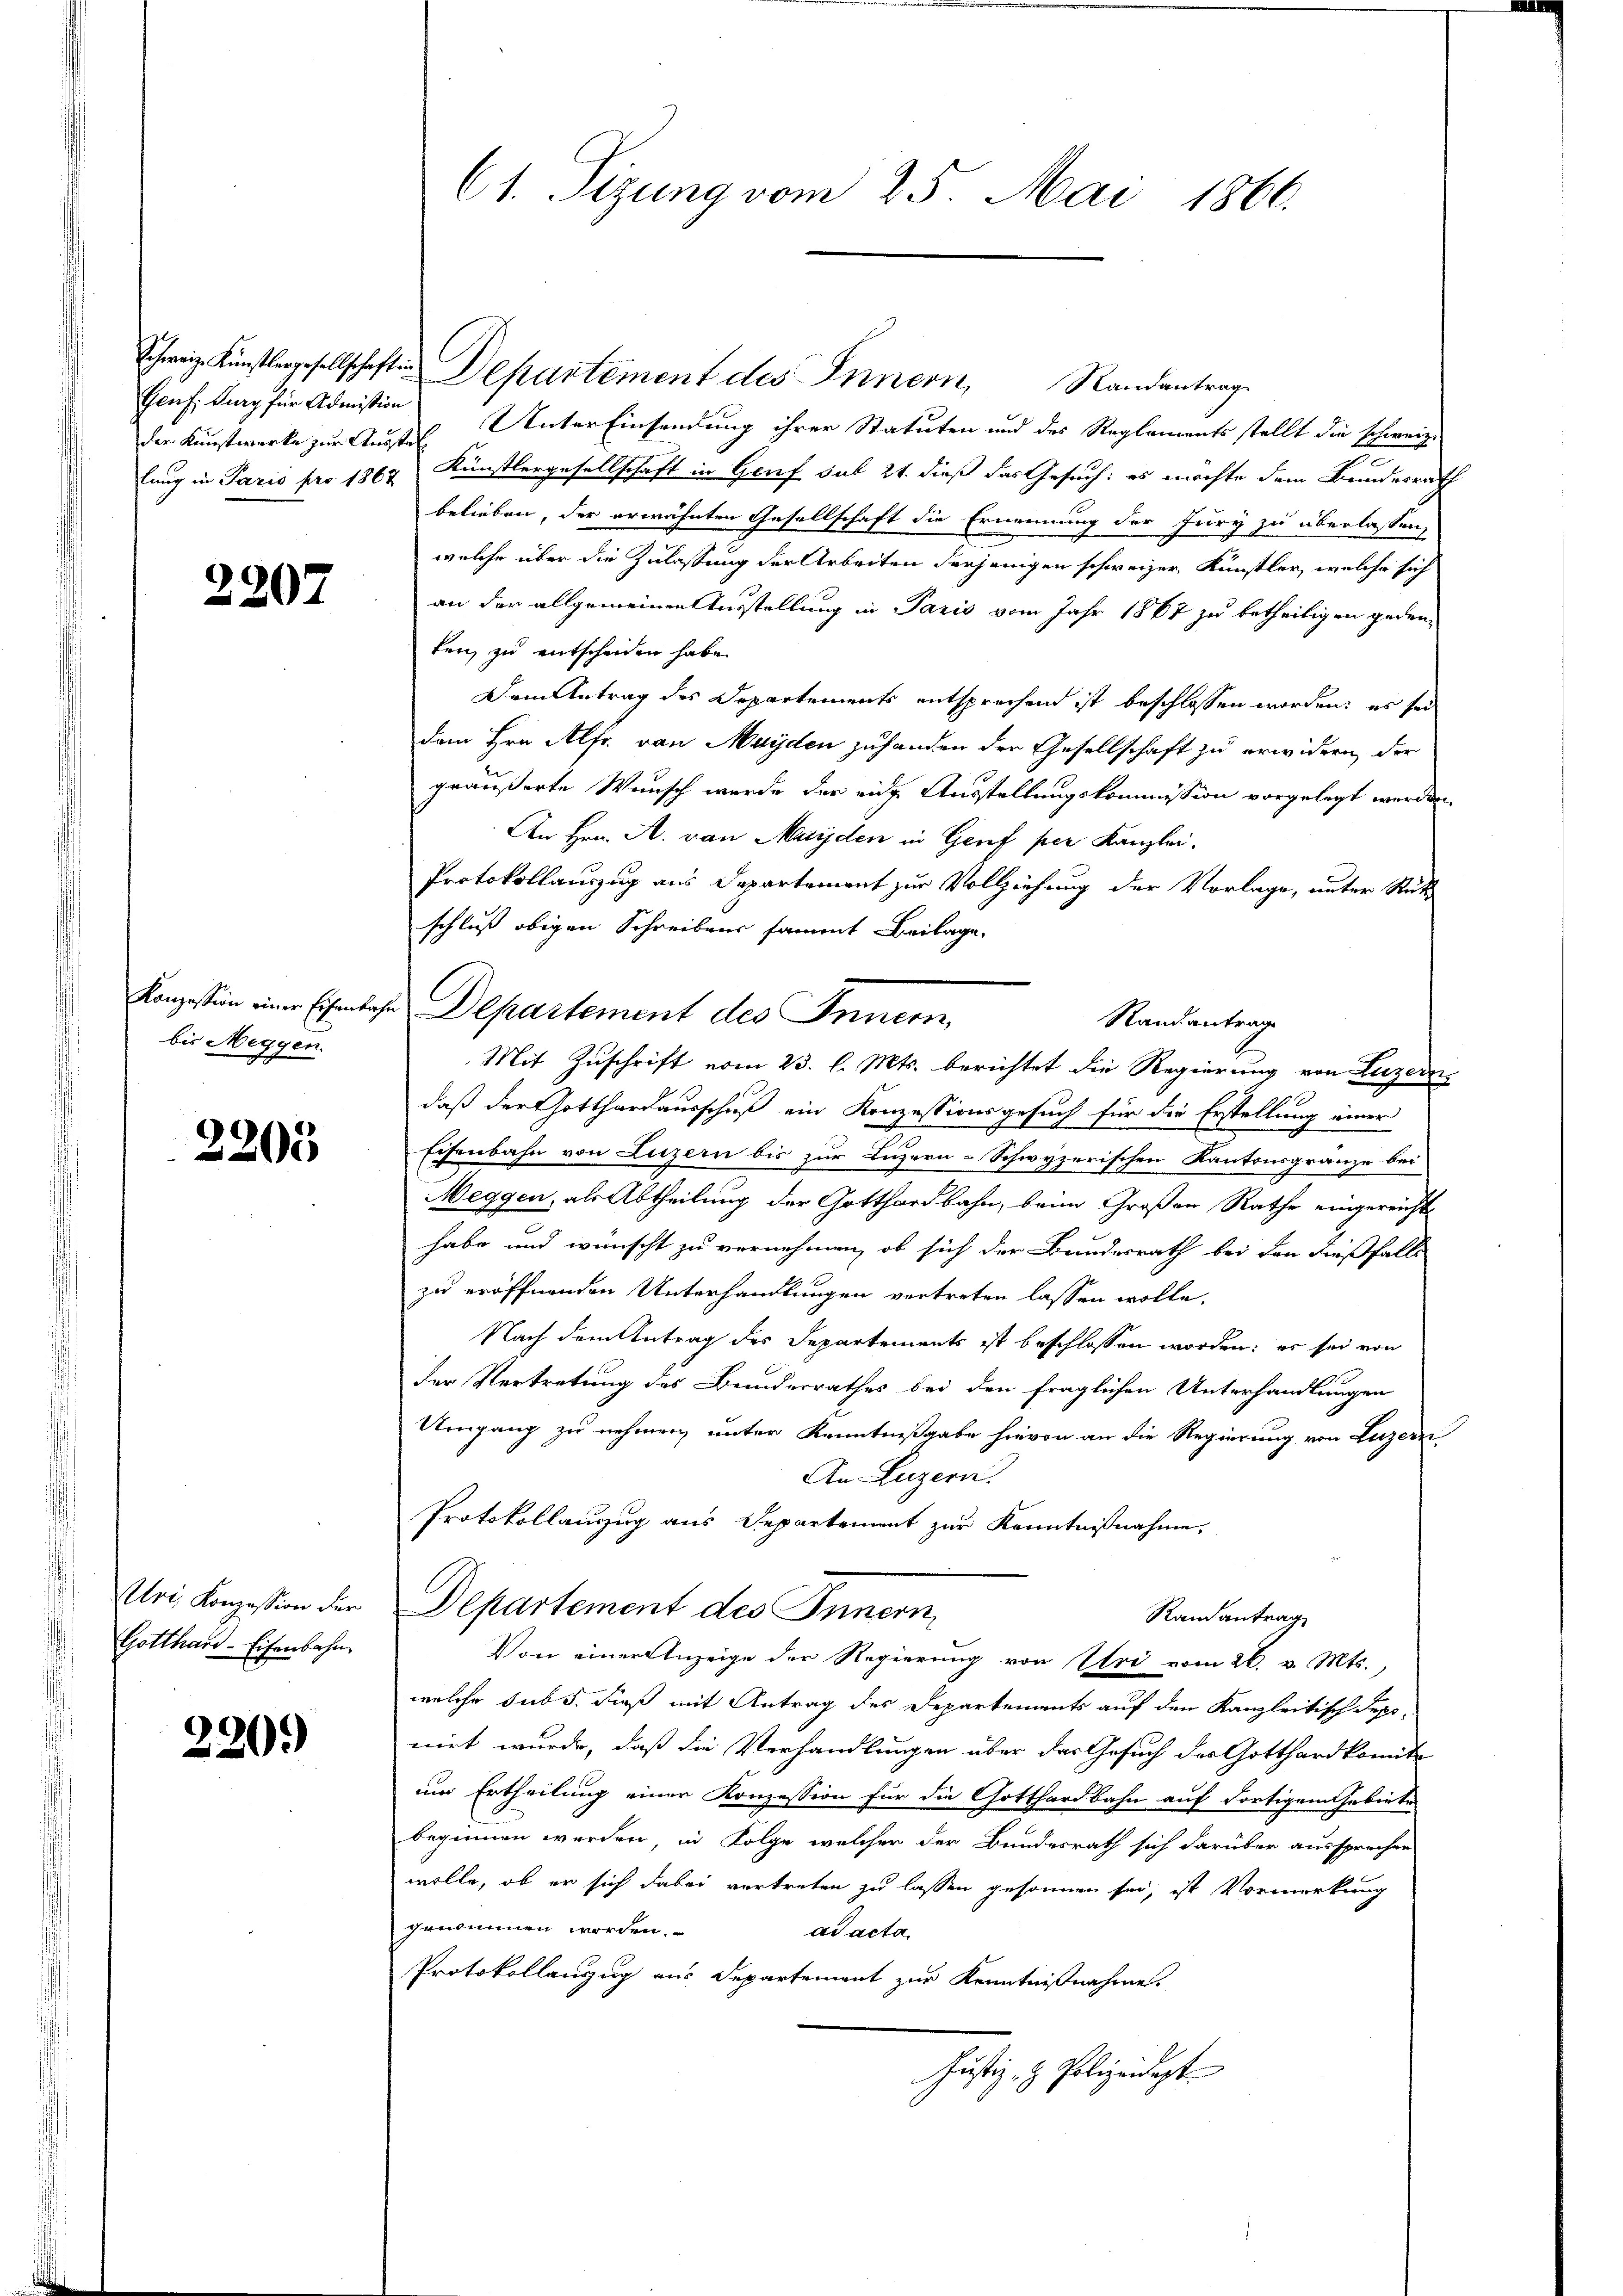
Genf. Burg für Admission

2207

bis Meggen.

2205

Gotthard-Eisenbahn

220.

61. Sitzung vom 25. Mai 1866.

Schweiz. Künstlergesellschaft Departement des Innern, Randantrag
der Kunstwerke zur Ausstel Unter Einsendung ihrer Statuten und des Reglements stellt die schweiz.
lung in Paris pro 1867 Künstlergesellschaft in Genf sub 21. dieß das Gesuch: es möchte dem Bundesrath
belieben, der erwähnten Gesellschaft die Ernennung der Jury zu überlassen,
welche über die Zulassung der Arbeiten derjenigen schweizer Künstler, welche sich
an der allgemeinen Ausstellung in Paris vom Jahr 1867 zu betheiligen gedenten, zu entscheiden habe.
Dem Antrag des Departements entsprechen ist beschlossen worden; es sei
dem Hrn. Alfr. von Mayden zuhanden der Gesellschaft zu erwidern, der
geäußerte Wunsch wurde der eine Ausstellungskommission vorgelegt werden.
An Hrn. A. von Mayden in Geref per Kanzlei.
Protokollauszug aus Departement zur Vollziehung der Vorlage, unter Rück
schluß obigen Schreibens sammt Beilage
Randantrage
Mit Zuschrift vom 23. l. Mts. berichtet die Regierung von Luzern
daß der Gotthardausschuß ein Konzessionsgesuch für die Erstellung einer
Eisenbahn von Luzern bis zur Luzern-Schwyzerischen Kantonsgränze bei
Meggen, als Abtheilung der Gotthardbahn, beim Großen Rathe eingereicht
habe und wünscht zu vernehmen, ob sich der Bundesrath bei den dießfalls
zu eröffnenden Unterhandlungen vertreten lassen wolle.
Nach dem Antrag des Departements ist beschlossen worden; es sei von
der Vertretung des Bundesrathes bei den fraglichen Unterhandlungen
Umgang zu nehmen, unter Kenntnißgabe hievon an die Regierung von Luzern
An Luzern.
Protokollauszug aus Departement zur Kenntnißnahme,
Uri, Konzession der Departement des Innern,
Randantrag
Von einer Anzeige der Regierung von Uri vom 26. v. Mts.,
welche sub 5. dieß mit Antrag des Departements auf den Kanzleitisch Sepo-
nirt wurde, daß die Verhandlungen über das Gesuch der Gotthardkomite
um Ertheilung einer Konzession für die Gotthardbahn auf dortigem Gebiete
beginnen werden, in Folge welcher der Bundesrath sich darüber aussprechen
wolle, ob er sich dabei vertreten zu lassen gesonnen sei, ist Vormerkung
genommen worden.
ad acta.
Protokollauszug aus Departement zur Kenntnißnahme.
Justiz- & Polizeidept

Konzessin einer Ehetage Departement des Innern